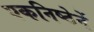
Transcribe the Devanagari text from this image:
एकनिष्ठेनें